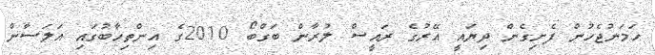
ހަމަނުޖެހުން ފެށިގެން ދިޔައީ އޭރުގެ ރައީސް ލުރާން ބަގްބޯ 2010ގެ އިންތިހާބުގައި އަލަސާން